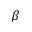
\beta